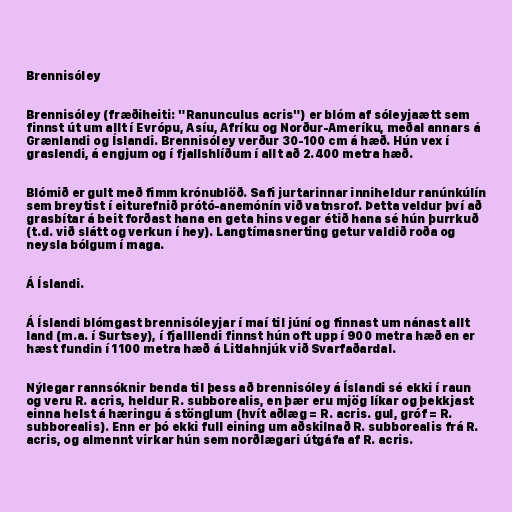
Brennisóley

Brennisóley (fræðiheiti: "Ranunculus acris") er blóm af sóleyjaætt sem
finnst út um allt í Evrópu, Asíu, Afríku og Norður-Ameríku, meðal annars á
Grænlandi og Íslandi. Brennisóley verður 30-100 cm á hæð. Hún vex í
graslendi, á engjum og í fjallshlíðum í allt að 2.400 metra hæð.

Blómið er gult með fimm krónublöð. Safi jurtarinnar inniheldur ranúnkúlín
sem breytist í eiturefnið prótó-anemónín við vatnsrof. Þetta veldur því að
grasbítar á beit forðast hana en geta hins vegar étið hana sé hún þurrkuð
(t.d. við slátt og verkun í hey). Langtímasnerting getur valdið roða og
neysla bólgum í maga.

Á Íslandi.

Á Íslandi blómgast brennisóleyjar í maí til júní og finnast um nánast allt
land (m.a. í Surtsey), í fjalllendi finnst hún oft upp í 900 metra hæð en er
hæst fundin í 1100 metra hæð á Litlahnjúk við Svarfaðardal.

Nýlegar rannsóknir benda til þess að brennisóley á Íslandi sé ekki í raun
og veru R. acris, heldur R. subborealis, en þær eru mjög líkar og þekkjast
einna helst á hæringu á stönglum (hvít aðlæg = R. acris. gul, gróf = R.
subborealis). Enn er þó ekki full eining um aðskilnað R. subborealis frá R.
acris, og almennt virkar hún sem norðlægari útgáfa af R. acris.